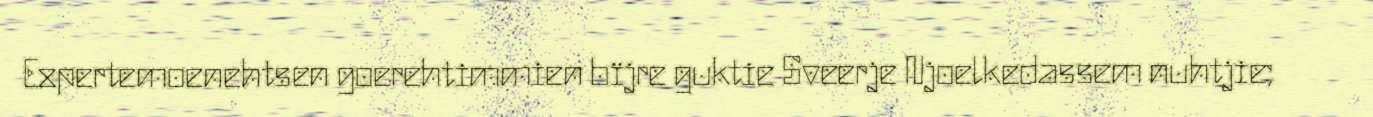
Expertemoenehtsen goerehtimmien bïjre guktie Sveerje Njoelkedassem nuhtjie;